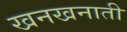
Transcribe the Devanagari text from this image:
खनखनाती